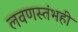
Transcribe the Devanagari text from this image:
लवणस्तंभही